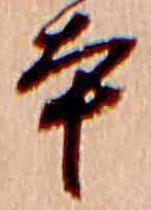
本